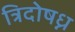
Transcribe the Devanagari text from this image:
त्रिदोषध्न